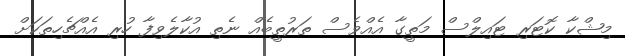
މިޝްކާ ކޮޓަރި ޓައިލްސް މަތީގާ އެއްވެސް ތަރުތީބެއް ނެތި އުކާލެވިފާ ހުރި އެއްޗެހިތަކަށް